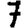
Digit: 7